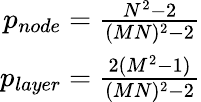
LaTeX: \begin{array}{r}{p_{node}=\frac{N^{2}-2}{(MN)^{2}-2}}\\ {p_{layer}=\frac{2(M^{2}-1)}{(MN)^{2}-2}}\end{array}